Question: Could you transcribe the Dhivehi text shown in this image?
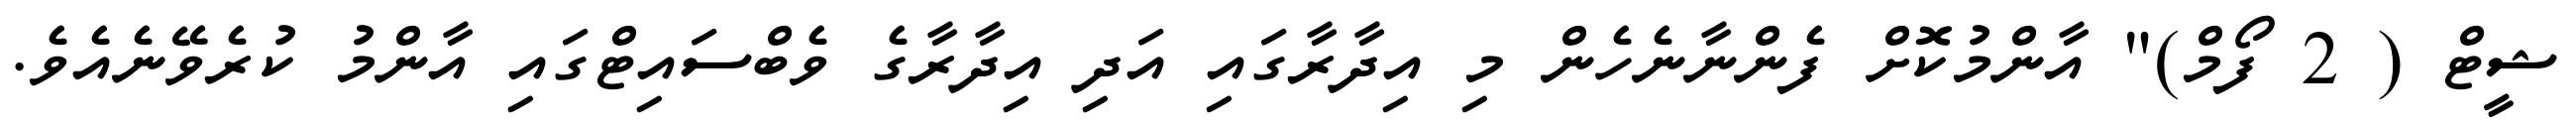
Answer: ޝީޓް ( 2 ފޯމް)" އާންމުކޮށް ފެންނާނެހެން މި އިދާރާގައި އަދި އިދާރާގެ ވެބްސައިޓްގައި އާންމު ކުރެވޭނެއެވެ.